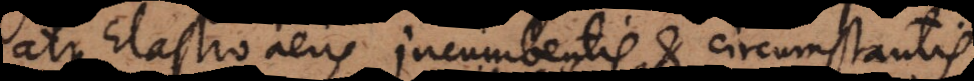
atque Elastro aëris incumbentis et circumstantis